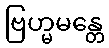
ဗြဟ္မမန္တေ